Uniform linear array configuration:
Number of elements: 16
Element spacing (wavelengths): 0.25
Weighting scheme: binomial
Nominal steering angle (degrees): -15
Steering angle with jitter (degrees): -15.501
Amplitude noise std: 0.05
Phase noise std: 0.05

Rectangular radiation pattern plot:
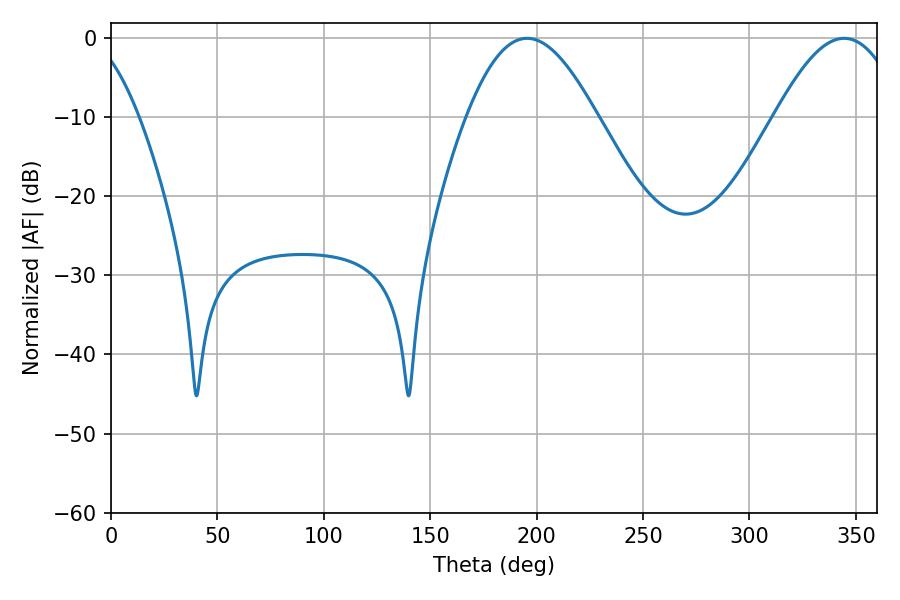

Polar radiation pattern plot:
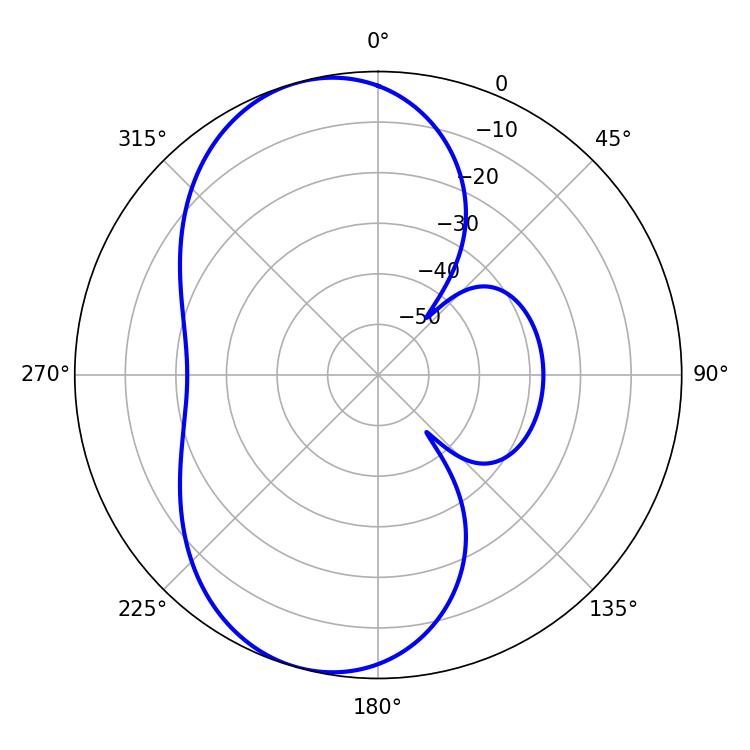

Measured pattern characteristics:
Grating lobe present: FALSE
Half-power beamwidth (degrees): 33.12
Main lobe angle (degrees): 195.48